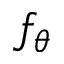
f _ { \theta }